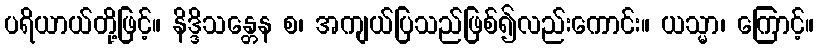
ပရိယာယ်တို့ဖြင့်။ နိဒ္ဒိသန္တေန စ၊ အကျယ်ပြသည်ဖြစ်၍လည်းကောင်း။ ယသ္မာ၊ ကြောင့်။